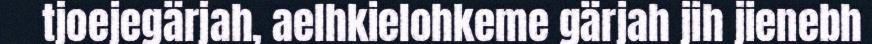
tjoejegärjah, aelhkielohkeme gärjah jih jienebh